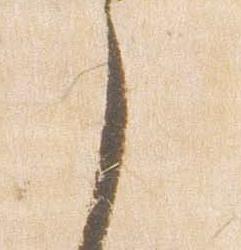
之